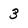
Character: 3